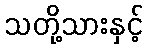
သတို့သားနှင့်